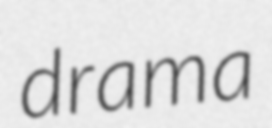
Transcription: drama